Indian journal of veterinary science and animal husbandry - Volumes 18-21, 1948-1951
Year: 1948
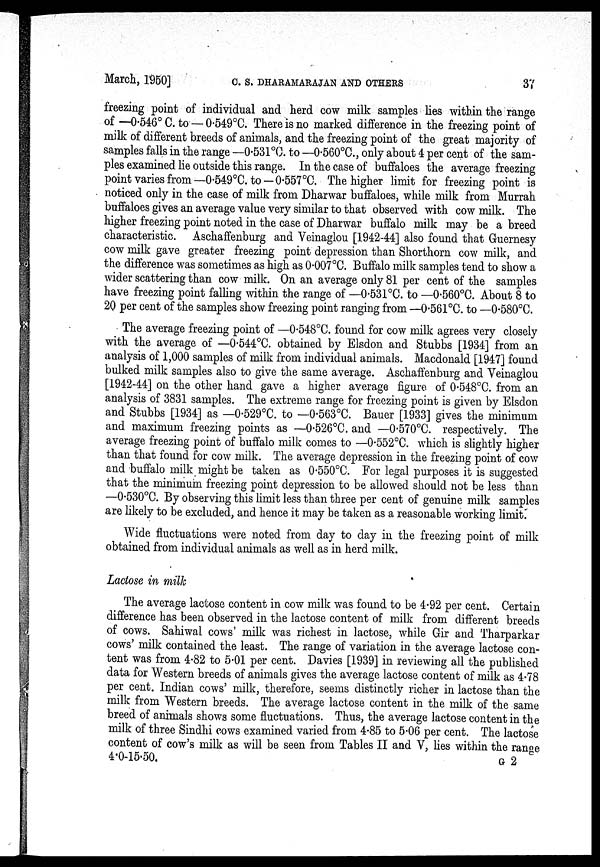
March, 1950]
C.
S.
DHARAMARAJAN
AND
OTHERS
37
freezing point of individual and herd cow milk samples lies within the range
of —0.546° C. to — 0.549°C. There is no marked difference in the freezing point of
milk of different breeds of animals, and the freezing point of the great majority of
samples falls in the range —0.531°C. to —0.560°C., only about 4 per cent of the sam-
ples examined lie outside this range. In the case of buffaloes the average freezing
point varies from—0.549°C. to —0.557°C. The higher limit for freezing point is
noticed only in the case of milk from Dharwar buffaloes, while milk from Murrah
buffaloes gives an average value very similar to that observed with cow milk. The
higher freezing point noted in the case of Dharwar buffalo milk may be a breed
characteristic. Aschaffenburg and Veinaglou [1942-44] also found that Guernesy
cow milk gave greater freezing point depression than Shorthorn cow milk, and
the difference was sometimes as high as 0.007°C. Buffalo milk samples tend to show a
wider scattering than cow milk. On an average only 81 per cent of the samples
have freezing point falling within the range of —0.531°C. to —0.560°C. About 8 to
20 per cent of the samples show freezing point ranging from —0.561°C. to —0.580°C.
The average freezing point of —0.548°C. found for cow milk agrees very closely
with the average of —0.544°C. obtained by Elsdon and Stubbs [1934] from an
analysis of 1,000 samples of milk from individual animals. Macdonald [1947] found
bulked milk samples also to give the same average. Aschaffenburg and Veinaglou
[1942-44] on the other hand gave a higher average figure of 0.548°C. from an
analysis of 3831 samples. The extreme range for freezing point is given by Elsdon
and Stubbs [1934] as —0.529°C. to —0.563°C. Bauer [1933] gives the minimum
and maximum freezing points as —0.526°C. and —0.570°C. respectively. The
average freezing point of buffalo milk comes to —0.552°C. which is slightly higher
than that found for cow milk. The average depression in the freezing point of cow
and buffalo milk might be taken as 0.550°C. For legal purposes it is suggested
that the minimum freezing point depression to be allowed should not be less than
—0.530°C. By observing this limit less than three per cent of genuine milk samples
are likely to be excluded, and hence it may be taken as a reasonable working limit.
Wide fluctuations were noted from day to day in the freezing point of milk
obtained from individual animals as well as in herd milk.
Lactose in milk
The average lactose content in cow milk was found to be 4.92 per cent. Certain
difference has been observed in the lactose content of milk from different breeds
of cows. Sahiwal cows' milk was richest in lactose, while Gir and Tharparkar
cows' milk contained the least. The range of variation in the average lactose con-
tent was from 4.82 to 5.01 per cent. Davies [1939] in reviewing all the published
data for Western breeds of animals gives the average lactose content of milk as 4.78
per cent. Indian cows' milk, therefore, seems distinctly richer in lactose than the
milk from Western breeds. The average lactose content in the milk of the same
breed of animals shows some fluctuations. Thus, the average lactose content in the
milk of three Sindhi cows examined varied from 4.85 to 5.06 per cent. The lactose
content of cow's milk as will be seen from Tables II and V, lies within the range
4.0-15.50.
G 2